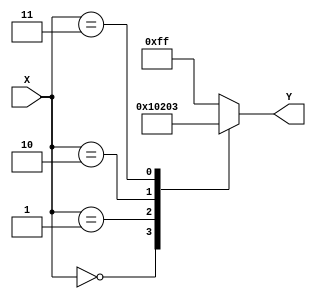
module X_case_statement (
    input [3:0] X,
    output reg [7:0] Y
);

always @(*)
begin
    case (X)
        4'd0: Y = 8'b00000000;
        4'd1: Y = 8'b00000001;
        4'd2: Y = 8'b00000010;
        4'd3: Y = 8'b00000011;
        default: Y = 8'b11111111;
    endcase
end

endmodule